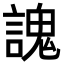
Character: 謉